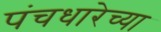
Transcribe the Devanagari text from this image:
पंचधारेच्या